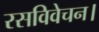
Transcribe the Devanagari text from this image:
रसविवेचन।